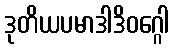
ဒုတိယပမာဒါဒိဝဂ္ဂေါ